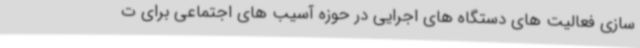
سازی فعالیت های دستگاه های اجرایی در حوزه آسیب های اجتماعی برای ت